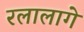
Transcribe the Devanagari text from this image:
रलालागे